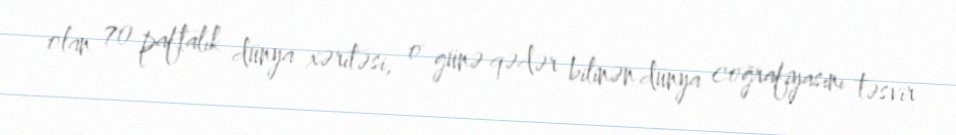
olan 70 paftalık dünya xəritəsi, o günə qədər bilinən dünya coğrafiyasını təsvir